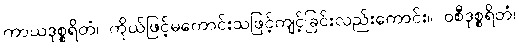
ကာယဒုစ္စရိတံ၊ ကိုယ်ဖြင့်မကောင်းသဖြင့်ကျင့်ခြင်းလည်းကောင်း။ ဝစီဒုစ္စရိတံ၊